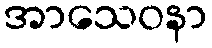
အာသေဝနာ